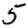
Digit: 5